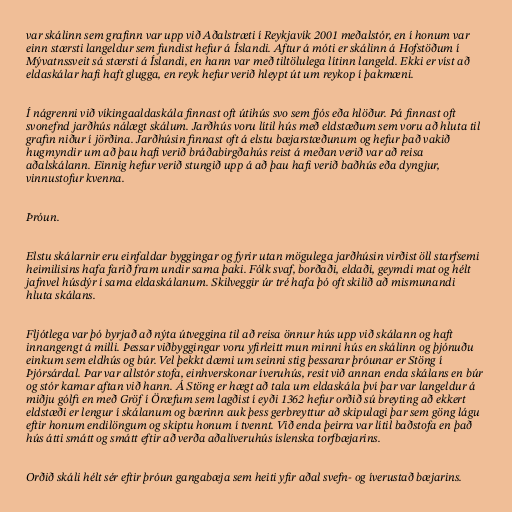
var skálinn sem grafinn var upp við Aðalstræti í Reykjavík 2001 meðalstór, en í honum var
einn stærsti langeldur sem fundist hefur á Íslandi. Aftur á móti er skálinn á Hofstöðum í
Mývatnssveit sá stærsti á Íslandi, en hann var með tiltölulega lítinn langeld. Ekki er víst að
eldaskálar hafi haft glugga, en reyk hefur verið hleypt út um reykop í þakmæni.

Í nágrenni við víkingaaldaskála finnast oft útihús svo sem fjós eða hlöður. Þá finnast oft
svonefnd jarðhús nálægt skálum. Jarðhús voru lítil hús með eldstæðum sem voru að hluta til
grafin niður í jörðina. Jarðhúsin finnast oft á elstu bæjarstæðunum og hefur það vakið
hugmyndir um að þau hafi verið bráðabirgðahús reist á meðan verið var að reisa
aðalskálann. Einnig hefur verið stungið upp á að þau hafi verið baðhús eða dyngjur,
vinnustofur kvenna.

Þróun.

Elstu skálarnir eru einfaldar byggingar og fyrir utan mögulega jarðhúsin virðist öll starfsemi
heimilisins hafa farið fram undir sama þaki. Fólk svaf, borðaði, eldaði, geymdi mat og hélt
jafnvel húsdýr í sama eldaskálanum. Skilveggir úr tré hafa þó oft skilið að mismunandi
hluta skálans.

Fljótlega var þó byrjað að nýta útveggina til að reisa önnur hús upp við skálann og haft
innangengt á milli. Þessar viðbyggingar voru yfirleitt mun minni hús en skálinn og þjónuðu
einkum sem eldhús og búr. Vel þekkt dæmi um seinni stig þessarar þróunar er Stöng í
Þjórsárdal. Þar var allstór stofa, einhverskonar íveruhús, resit við annan enda skálans en búr
og stór kamar aftan við hann. Á Stöng er hægt að tala um eldaskála því þar var langeldur á
miðju gólfi en með Gröf í Öræfum sem lagðist í eyði 1362 hefur orðið sú breyting að ekkert
eldstæði er lengur í skálanum og bærinn auk þess gerbreyttur að skipulagi þar sem göng lágu
eftir honum endilöngum og skiptu honum í tvennt. Við enda þeirra var lítil baðstofa en það
hús átti smátt og smátt eftir að verða aðalíveruhús íslenska torfbæjarins.

Orðið skáli hélt sér eftir þróun gangabæja sem heiti yfir aðal svefn- og íverustað bæjarins.